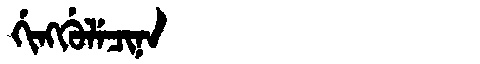
Manchu: ᡤᡳᠩᡤᡠᠯᡝᠴᡳᠨᠠ
Romanization: GINGGULECINA